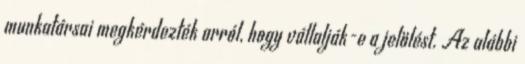
munkatársai megkérdezték arról, hogy vállalják-e a jelölést. Az alábbi